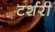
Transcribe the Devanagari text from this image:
टर्शरी